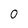
Character: 0